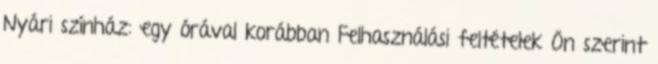
Nyári színház: egy órával korábban Felhasználási feltételek Ön szerint